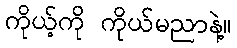
ကိုယ့်ကို ကိုယ်မညာနဲ့။